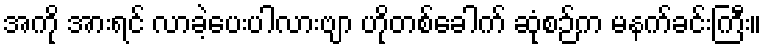
အကို အားရင် လာခဲ့ပေးပါလားဗျာ ဟိုတစ်ခေါက် ဆုံစဉ်က မနက်ခင်းကြီး။